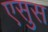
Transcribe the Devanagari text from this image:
एसुस